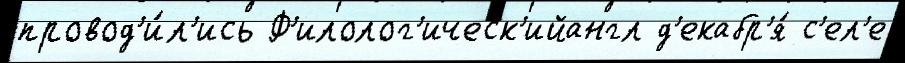
провод'и́л'ись Ф'илолог'ическ'ийангл д'екабр'я́ с'ел'е